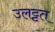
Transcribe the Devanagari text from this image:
उलट्टत